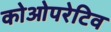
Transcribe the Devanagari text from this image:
कोओपरेटिव